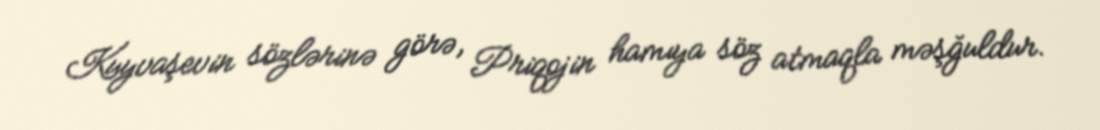
Kuyvaşevin sözlərinə görə, Priqojin hamıya söz atmaqla məşğuldur.